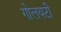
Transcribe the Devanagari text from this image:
गोलयटी